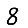
Digit: 8